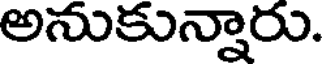
అనుకున్నారు.